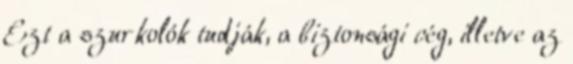
Ezt a szurkolók tudják, a biztonsági cég, illetve az